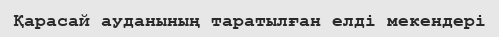
Қарасай ауданының таратылған елді мекендері